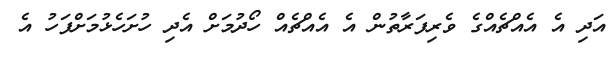
އަދި އެ އެއްޗެއްގެ ވެރިފަރާތުން އެ އެއްޗެއް ހޯދުމަށް އެދި ހުށަހެޅުމަށްފަހު އެ